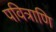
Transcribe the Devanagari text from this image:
पवित्राणि